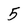
Character: 5